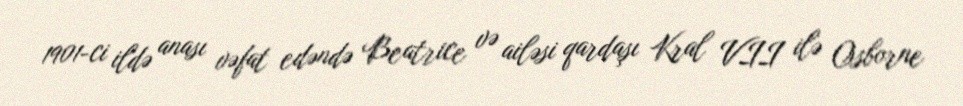
1901-ci ildə anası vəfat edəndə Beatrice və ailəsi qardaşı Kral VII ilə Osborne